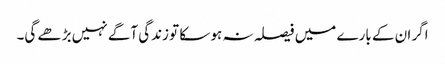
اگر ان کے بارے میں فیصلہ نہ ہو سکا تو زندگی آگے نہیں بڑھے گی۔